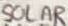
Text: SOLAR